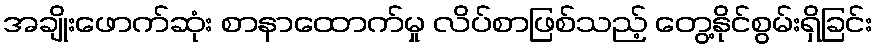
အချိုးဖောက်ဆုံး စာနာထောက်မှု လိပ်စာဖြစ်သည့် တွေ့နိုင်စွမ်းရှိခြင်း